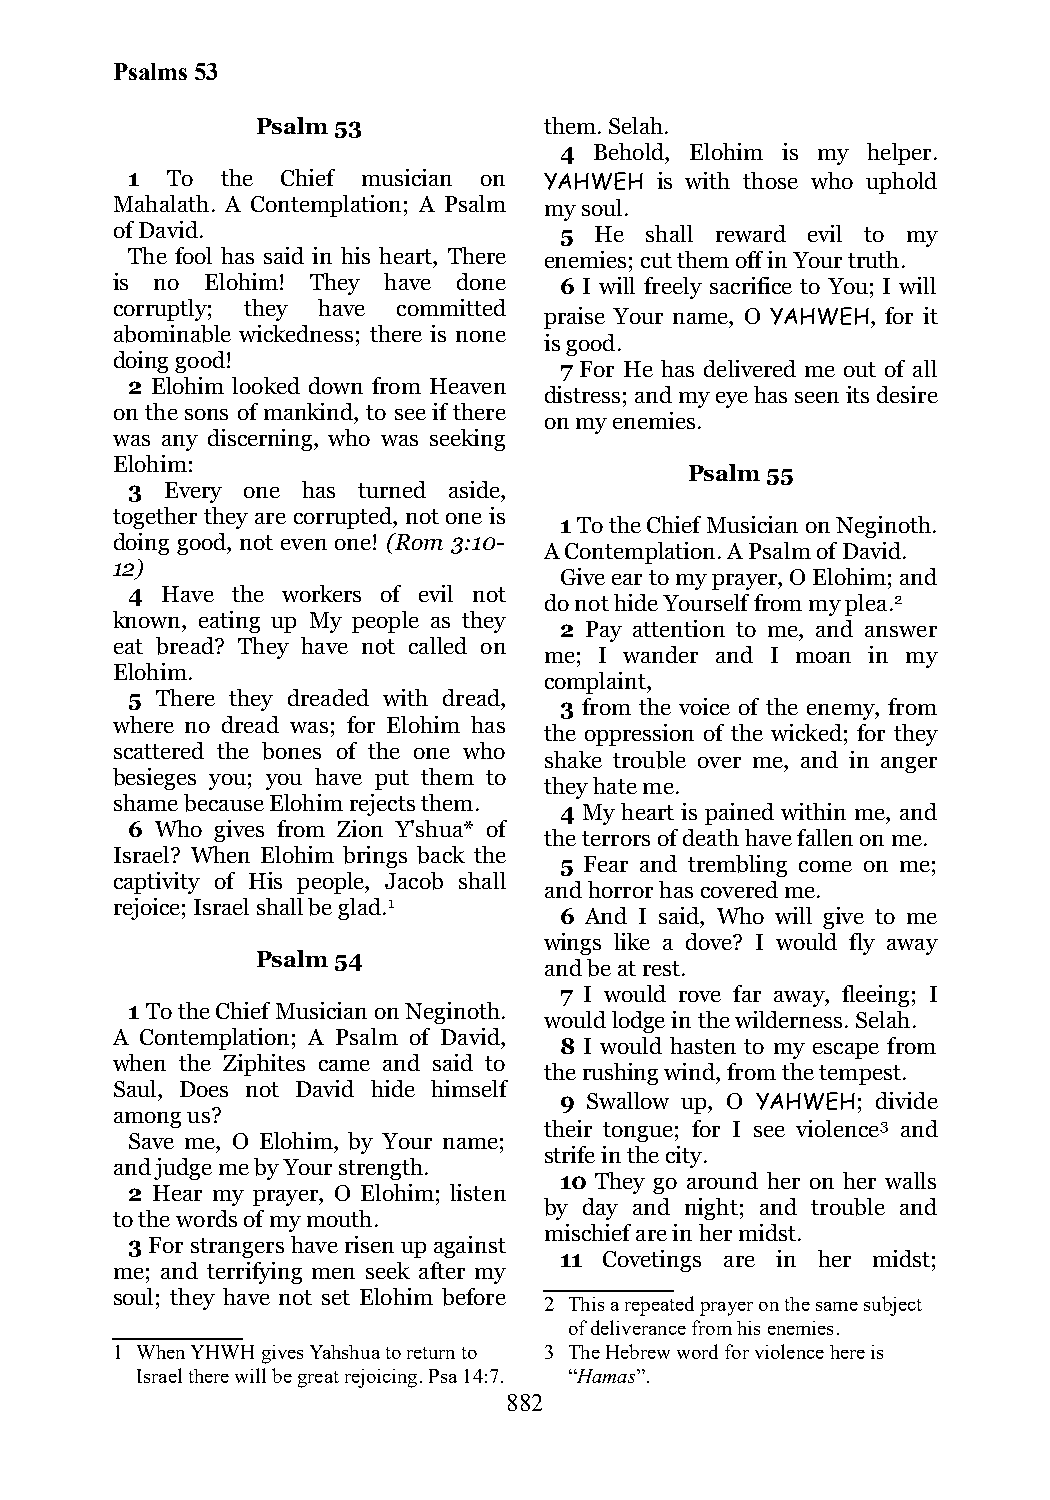
Psalms 53
 Psalm 53           them. Selah.
 4 Behold, Elohim is my helper.
 1  To  the Chief musician on YAHWEH is with those who uphold
 Mahalath. A Contemplation; A Psalm my soul.
 of David.                     5 He  shall reward evil to my
 The fool has said in his heart, There enemies; cut them off in Your truth.
 is no  Elohim! They have done 6 I will freely sacrifice to You; I will
 corruptly; they have committed
 praise Your name, O YAHWEH, for it
 abominable wickedness; there is none
 is good.
 doing good!
 7 For He has delivered me out of all
 2 Elohim looked down from Heaven
 distress; and my eye has seen its desire
 on the sons of mankind, to see if there
 on my enemies.
 was any discerning, who was seeking
 Elohim:
 Psalm 55
 3  Every one has turned aside,
 together they are corrupted, not one is
 1 To the Chief Musician on Neginoth.
 doing good, not even one! (Rom 3:10-
 A Contemplation. A Psalm of David.
 12)
 Give ear to my prayer, O Elohim; and
 4  Have the workers of evil not
 do not hide Yourself from my plea.2
 known, eating up My people as they
 2 Pay attention to me, and answer
 eat bread? They have not called on
 me; I wander and I moan in my
 Elohim.
 complaint,
 5 There they dreaded with dread,
 3 from the voice of the enemy, from
 where no dread was; for Elohim has
 the oppression of the wicked; for they
 scattered the bones of the one who
 shake trouble over me, and in anger
 besieges you; you have put them to
 they hate me.
 shame because Elohim rejects them.
 4 My heart is pained within me, and
 6 Who gives from Zion Y'shua* of
 the terrors of death have fallen on me.
 Israel? When Elohim brings back the
 5 Fear and trembling come on me;
 captivity of His people, Jacob shall
 and horror has covered me.
 rejoice; Israel shall be glad.1
 6 And I said, Who will give to me
 wings like a dove? I would fly away
 Psalm 54
 and be at rest.
 7 I would rove far away, fleeing; I
 1 To the Chief Musician on Neginoth.
 would lodge in the wilderness. Selah.
 A Contemplation; A Psalm of David,
 8 I would hasten to my escape from
 when the Ziphites came and said to
 the rushing wind, from the tempest.
 Saul, Does not David hide himself
 9 Swallow up, O YAHWEH; divide
 among us?
 their tongue; for I see violence3 and
 Save me, O Elohim, by Your name;
 strife in the city.
 and judge me by Your strength.
 10 They go around her on her walls
 2 Hear my prayer, O Elohim; listen
 by day and night; and trouble and
 to the words of my mouth.
 mischief are in her midst.
 3 For strangers have risen up against
 11 Covetings are in her midst;
 me; and terrifying men seek after my
 soul; they have not set Elohim before
 2 This a repeated prayer on the same subject
 of deliverance from his enemies.
 1 When YHWH gives Yahshua to return to 3 The Hebrew word for violence here is
 Israel there will be great rejoicing. Psa 14:7. “Hamas”.
 882